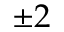
\pm 2